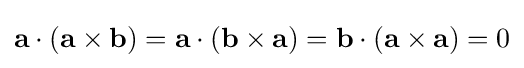
\mathbf {a} \cdot (\mathbf {a} \times \mathbf {b} )=\mathbf {a} \cdot (\mathbf {b} \times \mathbf {a} )=\mathbf {b} \cdot (\mathbf {a} \times \mathbf {a} )=0